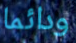
ودائما